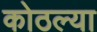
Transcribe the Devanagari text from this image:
कोठल्या